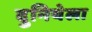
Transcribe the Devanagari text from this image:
दुनियेला